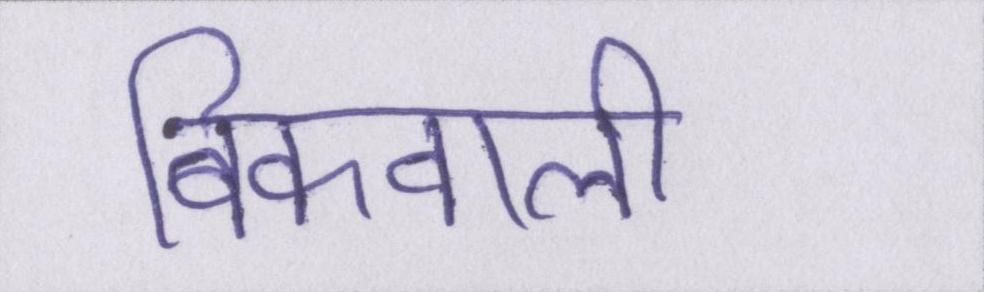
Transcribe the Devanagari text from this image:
बिकवाली